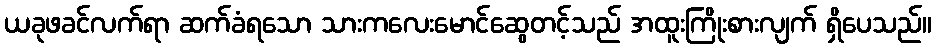
ယခုဖခင်လက်ရာ ဆက်ခံရသော သားကလေးမောင်ဆွေတင့်သည် အထူးကြိုးစားလျက် ရှိပေသည်။